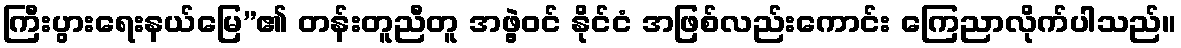
ကြီးပွားရေးနယ်မြေ”၏ တန်းတူညီတူ အဖွဲ့ဝင် နိုင်ငံ အဖြစ်လည်းကောင်း ကြေညာလိုက်ပါသည်။